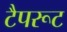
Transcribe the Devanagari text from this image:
टैपरूट